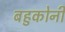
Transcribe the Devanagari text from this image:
बहुकोनी